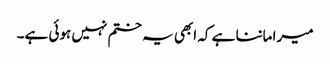
میرا ماننا ہے کہ ابھی یہ ختم نہیں ہوئی ہے۔